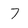
Character: 7